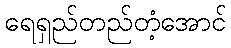
ရေရှည်တည်တံ့အောင်